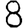
Digit: 8